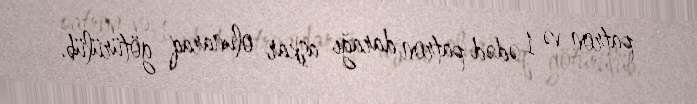
patron və 1 ədəd patron darağı aşkar olunaraq götürülüb.